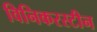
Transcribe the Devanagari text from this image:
विनिकरस्टीन